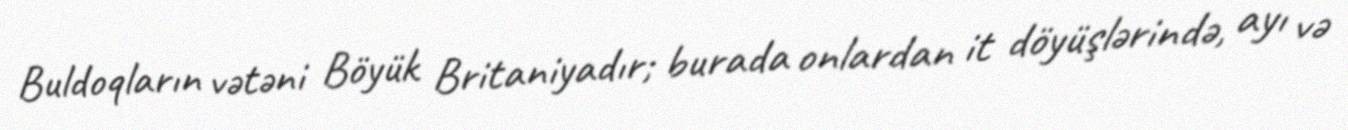
Buldoqların vətəni Böyük Britaniyadır; burada onlardan it döyüşlərində, ayı və